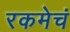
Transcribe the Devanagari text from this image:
रकमेचं